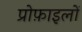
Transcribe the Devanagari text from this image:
प्रोफ़ाइलों